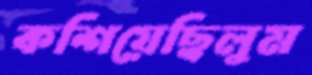
কশিয়েছিলুম